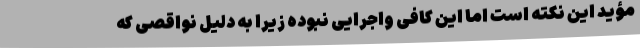
مؤید این نکته است اما این کافی واجرایی نبوده زیرا به دلیل نواقصی که